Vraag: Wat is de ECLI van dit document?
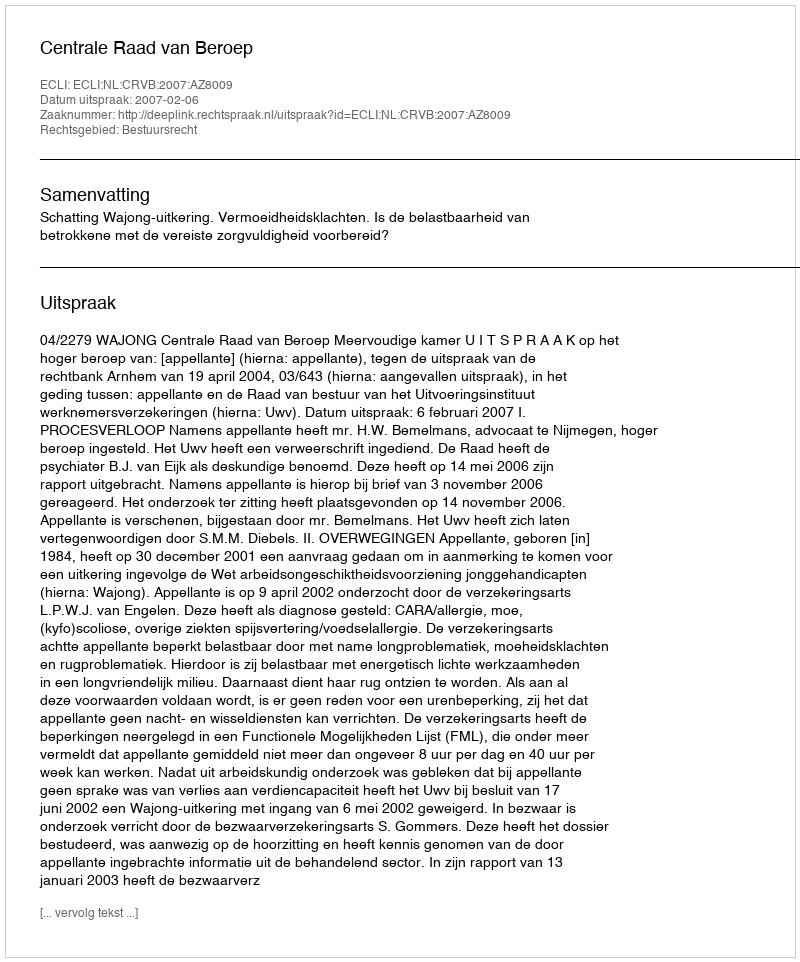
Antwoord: ECLI:NL:CRVB:2007:AZ8009